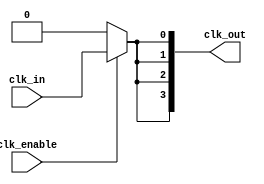
module high_fanout_clock_buffer #(
    parameter NUM_OUTPUTS = 4,   // Number of clock outputs
    parameter DELAY = 1           // Delay for skew management (in time units)
)(
    input  wire clk_in,           // Input clock signal
    input  wire clk_enable,       // Clock enable signal
    output wire [NUM_OUTPUTS-1:0] clk_out // Output clock signals
);

    // Internal buffer signals
    wire clk_buffered;

    // Buffering mechanism: 
    // Using a series of inverters or buffers (e.g., instantiate cells from a cell library)
    generate
        genvar i;
        for (i = 0; i < NUM_OUTPUTS; i = i + 1) begin : clk_buffer
            // Simple buffer behavior (could be replaced by technology-specific buffers)
            assign clk_out[i] = clk_enable ? clk_buffered : 1'b0;
        end
    endgenerate

    // Buffers the incoming clock signal
    // This can be designed using real buffer cells from a library
    assign #DELAY clk_buffered = clk_in;

endmodule